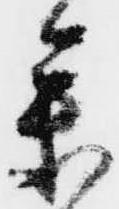
参